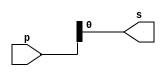
// Exercicio12 - compare2
// Nome: Samuel Eusbio da Silva

// compare2 gate

	module compare2gate (output s, input [7:0] p);
	or or1 (s, p);
	endmodule //--compare2
	
	//--test compare2gate
	
	module testcompare2gate;
	
	reg [7:0] a;
	wire s;
	
	compare2gate COMP2 (s, a);
	
	initial begin:start
	a=11111111;
	end
	
	initial begin:main
	$display("Exercicio12 - Samuel Eusbio da Silva - 435055"); 
	$display("Test compare2 gate");
	$monitor("%b = %b", a, s);
	#1 a=10010011;
	#1 a=10101111;
	#1 a=00100111;
	#1 a=00000000;
	end
	endmodule //--testcompare2gate